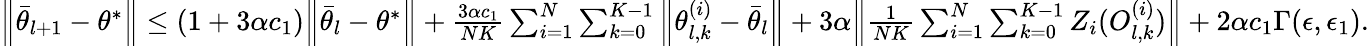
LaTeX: \begin{array}{r}{\Big\lVert\bar{\theta}_{l+1}-\theta^{*}\Big\rVert\le(1+3\alpha c_{1})\Big\lVert\bar{\theta}_{l}-\theta^{*}\Big\rVert+\frac{3\alpha c_{1}}{NK}\sum_{i=1}^{N}\sum_{k=0}^{K-1}\Big\lVert\theta_{l,k}^{(i)}-\bar{\theta}_{l}\Big\rVert+3\alpha\Big\lVert\frac{1}{NK}\sum_{i=1}^{N}\sum_{k=0}^{K-1}Z_{i}(O_{l,k}^{(i)})\Big\rVert+2\alpha c_{1}\Gamma(\epsilon,\epsilon_{1}).}\end{array}